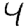
Digit: 4